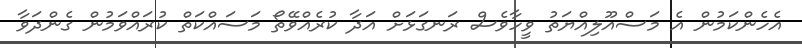
އެހެންކަމުން އެ މަސްއޫލިއްޔަތު ވީހާވެސް ރަނގަޅަށް އަދާ ކުރެއްވޭތޯ މަސައްކަތް ކުރައްވަމުން ގެންދަވާ